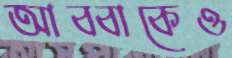
আব্বাকেও